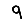
Digit: 9